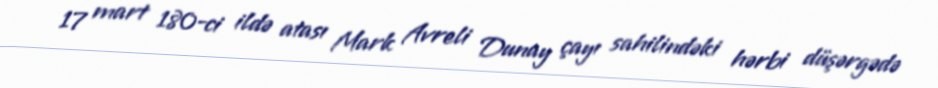
17 mart 180-ci ildə atası Mark Avreli Dunay çayı sahilindəki hərbi düşərgədə